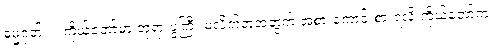
ဓမ္မဂုတ်။ ။ ကိုယ်တော်မှာ ဘုရားပွဲကြီး မလိုက်တဲ့အတွက် အစားကောင်းစားရလို့ ကိုယ်တော်က